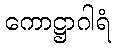
ကောဋ္ဌာဂါရံ